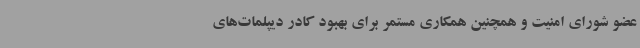
عضو شورای امنیت و همچنین همکاری مستمر برای بهبود کادر دیپلمات‌های